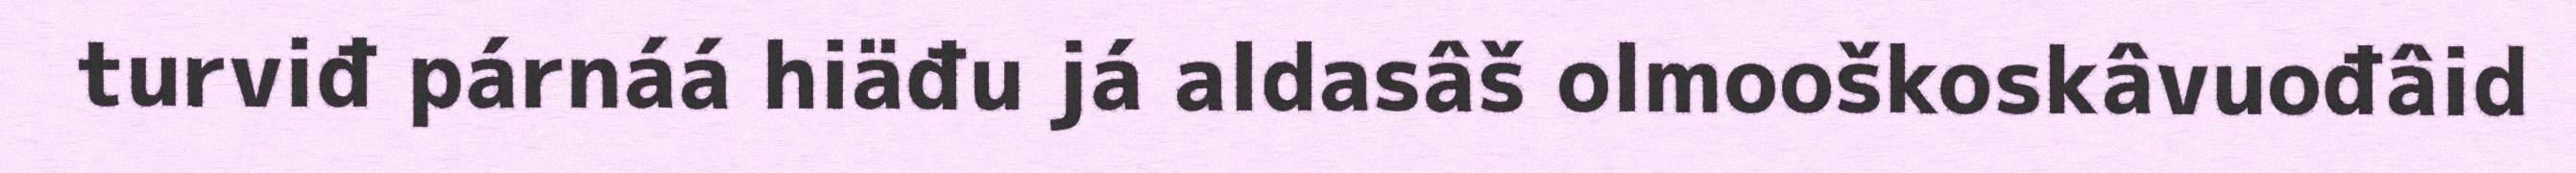
turviđ párnáá hiäđu já aldasâš olmooškoskâvuođâid